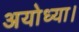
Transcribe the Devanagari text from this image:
अयोध्या।